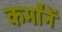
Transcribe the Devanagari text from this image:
कर्मांनें